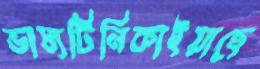
ভাষ্যটিনিকাইয়াছে